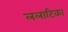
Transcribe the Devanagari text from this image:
ललाटिका